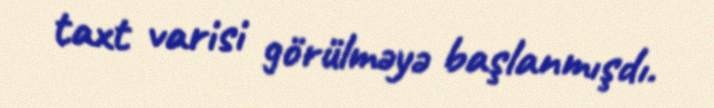
taxt varisi görülməyə başlanmışdı.